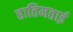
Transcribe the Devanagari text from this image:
हातिमताई